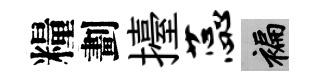
糧劃擡蕊褊